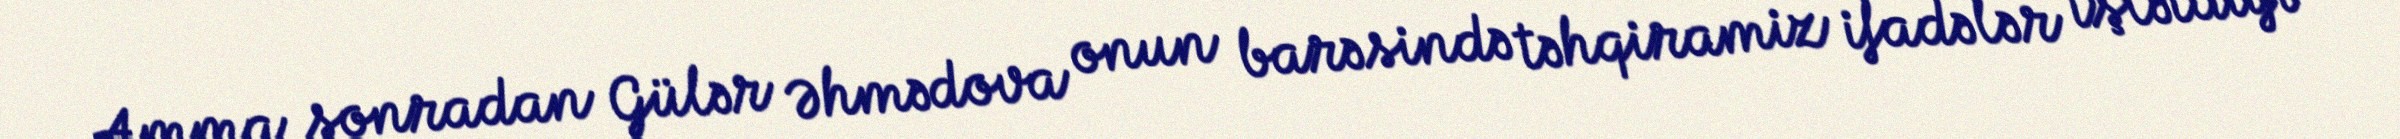
Amma sonradan Gülər Əhmədova onun barəsində təhqiramiz ifadələr işlətdiyi